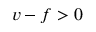
v - f > 0